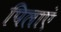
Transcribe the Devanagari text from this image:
पिलाएं